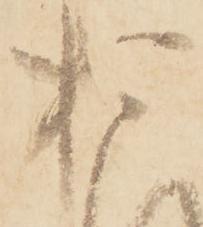
お